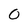
Character: 0